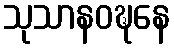
သုသာနဝဍ္ဎနေ